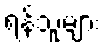
ရန်သူများ